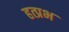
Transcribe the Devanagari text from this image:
हत्प्रभ